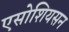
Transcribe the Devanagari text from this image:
एसोशियसन